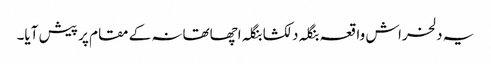
یہ دلخراش واقعہ بنگلہ دلکشا بنگلہ اچھاتھانہ کے مقام پر پیش آیا۔